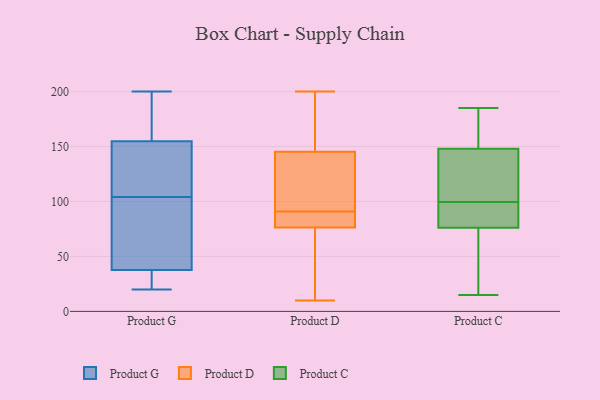
{"axis": {"x": "Shipments", "y": "Value"}, "legend": ["Product C", "Product D", "Product G"], "data": [{"x": "", "y": 76, "type": "Product G"}, {"x": "", "y": 33, "type": "Product G"}, {"x": "", "y": 57, "type": "Product G"}, {"x": "", "y": 52, "type": "Product G"}, {"x": "", "y": 191, "type": "Product G"}, {"x": "", "y": 200, "type": "Product G"}, {"x": "", "y": 184, "type": "Product G"}, {"x": "", "y": 33, "type": "Product G"}, {"x": "", "y": 20, "type": "Product G"}, {"x": "", "y": 160, "type": "Product G"}, {"x": "", "y": 104, "type": "Product G"}, {"x": "", "y": 131, "type": "Product G"}, {"x": "", "y": 129, "type": "Product G"}, {"x": "", "y": 139, "type": "Product G"}, {"x": "", "y": 29, "type": "Product G"}, {"x": "", "y": 200, "type": "Product D"}, {"x": "", "y": 10, "type": "Product D"}, {"x": "", "y": 132, "type": "Product D"}, {"x": "", "y": 80, "type": "Product D"}, {"x": "", "y": 162, "type": "Product D"}, {"x": "", "y": 20, "type": "Product D"}, {"x": "", "y": 23, "type": "Product D"}, {"x": "", "y": 81, "type": "Product D"}, {"x": "", "y": 140, "type": "Product D"}, {"x": "", "y": 91, "type": "Product D"}, {"x": "", "y": 102, "type": "Product D"}, {"x": "", "y": 91, "type": "Product D"}, {"x": "", "y": 140, "type": "Product D"}, {"x": "", "y": 65, "type": "Product D"}, {"x": "", "y": 90, "type": "Product D"}, {"x": "", "y": 172, "type": "Product D"}, {"x": "", "y": 161, "type": "Product D"}, {"x": "", "y": 158, "type": "Product C"}, {"x": "", "y": 66, "type": "Product C"}, {"x": "", "y": 86, "type": "Product C"}, {"x": "", "y": 98, "type": "Product C"}, {"x": "", "y": 101, "type": "Product C"}, {"x": "", "y": 91, "type": "Product C"}, {"x": "", "y": 142, "type": "Product C"}, {"x": "", "y": 185, "type": "Product C"}, {"x": "", "y": 15, "type": "Product C"}, {"x": "", "y": 133, "type": "Product C"}, {"x": "", "y": 154, "type": "Product C"}, {"x": "", "y": 23, "type": "Product C"}]}